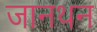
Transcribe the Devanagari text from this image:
जानथन